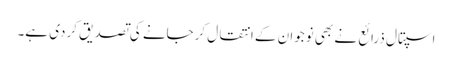
اسپتال ذرائع نے بھی نوجوان کے انتقال کرجانے کی تصدیق کردی ہے۔